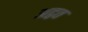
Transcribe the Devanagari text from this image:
अद्वत